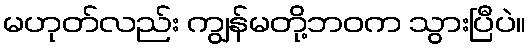
မဟုတ်လည်း ကျွန်မတို့ဘဝက သွားပြီပဲ။